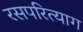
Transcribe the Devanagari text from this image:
रसपरित्याग